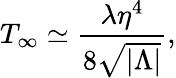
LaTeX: T_{\infty}\simeq{\frac{\lambda\eta^{4}}{8\sqrt{|\Lambda|}}},